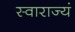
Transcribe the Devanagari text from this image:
स्वाराज्यं